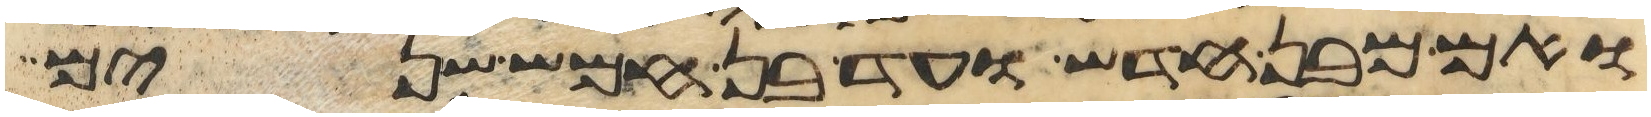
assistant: ואם מבן חדש ועד בן חמש שנים